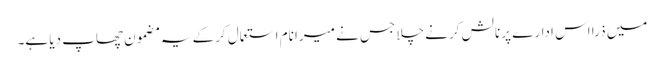
میں ذرا اس ادارے پر نالش کرنے چلا جس نے میرا نام استعمال کرکے یہ مضمون چھاپ دیا ہے۔